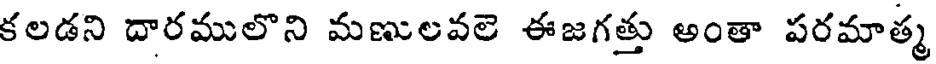
కలడని దారములొని మణులవలె ఈజగత్తు అంతా పరమాత్మ